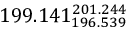
1 9 9 . 1 4 1 _ { 1 9 6 . 5 3 9 } ^ { 2 0 1 . 2 4 4 }